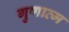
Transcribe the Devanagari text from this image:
गुणात्म